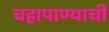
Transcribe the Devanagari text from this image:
चहापाण्याची